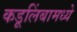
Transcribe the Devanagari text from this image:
कडूलिंबामध्ये